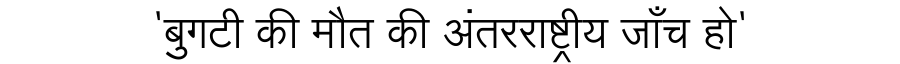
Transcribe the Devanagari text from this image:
'बुगटी की मौत की अंतरराष्ट्रीय जाँच हो'